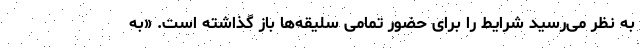
به نظر می‌رسید شرایط را برای حضور تمامی سلیقه‌ها باز گذاشته است. «به